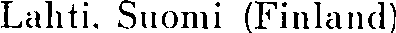
Lahti. Suomi (Finland)